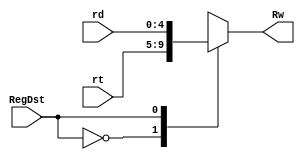
`timescale 1ns / 1ps
//////////////////////////////////////////////////////////////////////////////////
// Company: 
// Engineer: 
// 
// Design Name: 
// Module Name: MUX5_2to1
// Project Name: 
// Target Devices: 
// Tool Versions: 
// Description: 
// 
// Dependencies: 
// 
// Revision:
// Revision 0.01 - File Created
// Additional Comments:
// 
//////////////////////////////////////////////////////////////////////////////////


module MUX5_2to1(
input [4:0] rt,
input [4:0] rd,
input RegDst,
output reg [4:0] Rw
    );
    always@(*)
    begin
        case(RegDst)
        1'b0:Rw=rt;
        1'b1:Rw=rd;
        endcase
    end
endmodule